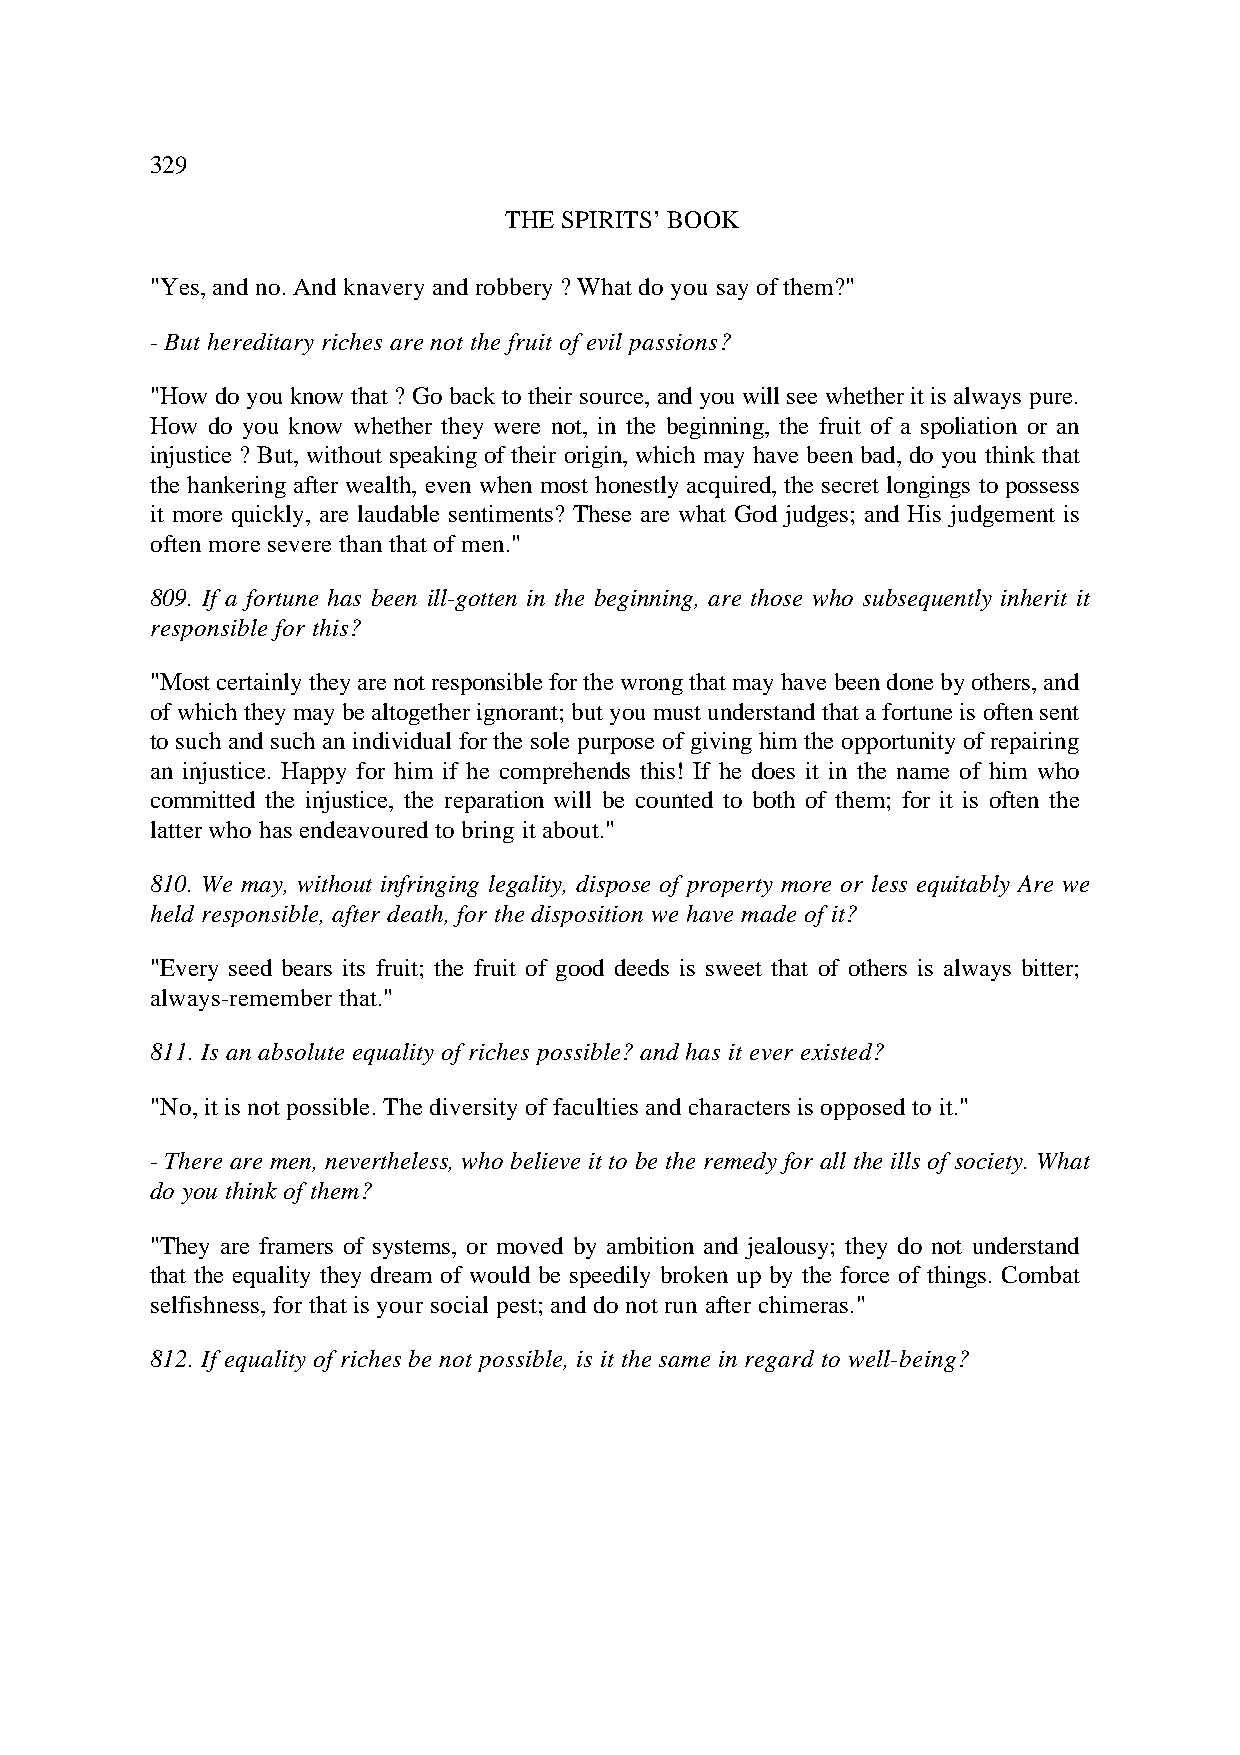
329
 THE SPIRITS’ BOOK
 "Yes, and no. And knavery and robbery ? What do you say of them?"
 - But hereditary riches are not the fruit of evil passions?
 "How do you know that ? Go back to their source, and you will see whether it is always pure.
 How do you know whether they were not, in the beginning, the fruit of a spoliation or an
 injustice ? But, without speaking of their origin, which may have been bad, do you think that
 the hankering after wealth, even when most honestly acquired, the secret longings to possess
 it more quickly, are laudable sentiments? These are what God judges; and His judgement is
 often more severe than that of men."
 809. If a fortune has been ill-gotten in the beginning, are those who subsequently inherit it
 responsible for this?
 "Most certainly they are not responsible for the wrong that may have been done by others, and
 of which they may be altogether ignorant; but you must understand that a fortune is often sent
 to such and such an individual for the sole purpose of giving him the opportunity of repairing
 an injustice. Happy for him if he comprehends this! If he does it in the name of him who
 committed the injustice, the reparation will be counted to both of them; for it is often the
 latter who has endeavoured to bring it about."
 810. We may, without infringing legality, dispose of property more or less equitably Are we
 held responsible, after death, for the disposition we have made of it?
 "Every seed bears its fruit; the fruit of good deeds is sweet that of others is always bitter;
 always-remember that."
 811. Is an absolute equality of riches possible? and has it ever existed?
 "No, it is not possible. The diversity of faculties and characters is opposed to it."
 - There are men, nevertheless, who believe it to be the remedy for all the ills of society. What
 do you think of them?
 "They are framers of systems, or moved by ambition and jealousy; they do not understand
 that the equality they dream of would be speedily broken up by the force of things. Combat
 selfishness, for that is your social pest; and do not run after chimeras."
 812. If equality of riches be not possible, is it the same in regard to well-being?